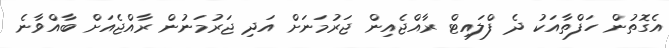
އެގޮތުން ހަފްތާއަކު ދެ ފްލައިޓް ރާއްޖެއިން ޖަރުމަނަށް އަދި ޖަރުމަނުން ރާއްޖެއަށް ބާއްވާނެ